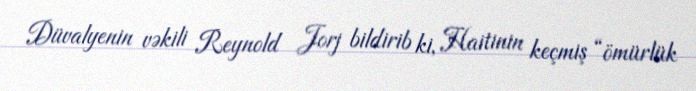
Düvalyenin vəkili Reynold Jorj bildirib ki, Haitinin keçmiş “ömürlük